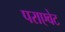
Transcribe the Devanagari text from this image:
पराएवेट